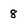
Character: 8